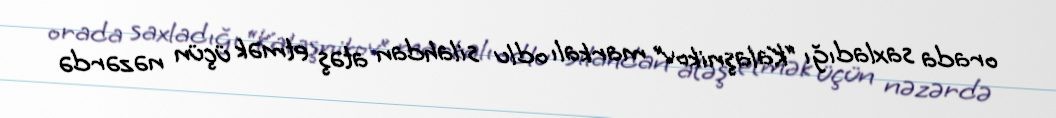
orada saxladığı “Kalaşnikov” markalı odlu silahdan atəş etmək üçün nəzərdə